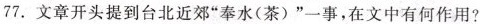
77.文章开头提到台北近郊“奉水(茶)”一事,在文中有何作用?